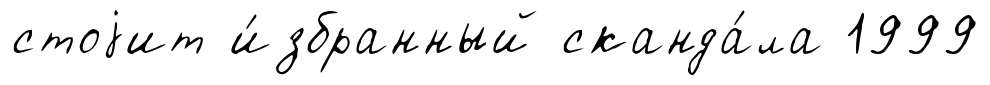
стоjит и́збранный сканда́ла 1999